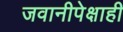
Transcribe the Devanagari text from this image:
जवानीपेक्षाही